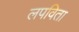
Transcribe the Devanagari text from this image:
लपविता